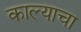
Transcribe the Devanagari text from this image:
काल्याचा